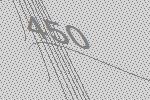
450